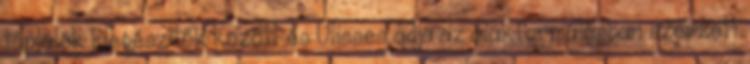
táplálék kiegészítők között és Ulisses adja az alakformálásban szerzett